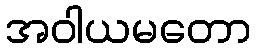
အဝါယမတော